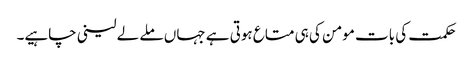
حکمت کی بات مومن کی ہی متاع ہوتی ہے جہاں ملے لے لینی چاہیے۔